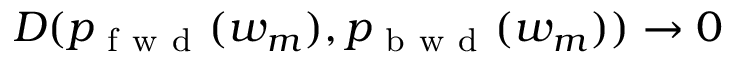
{ \cal D } ( p _ { \mathrm { ~ f ~ w ~ d ~ } } ( w _ { m } ) , p _ { \mathrm { ~ b ~ w ~ d ~ } } ( w _ { m } ) ) \to 0